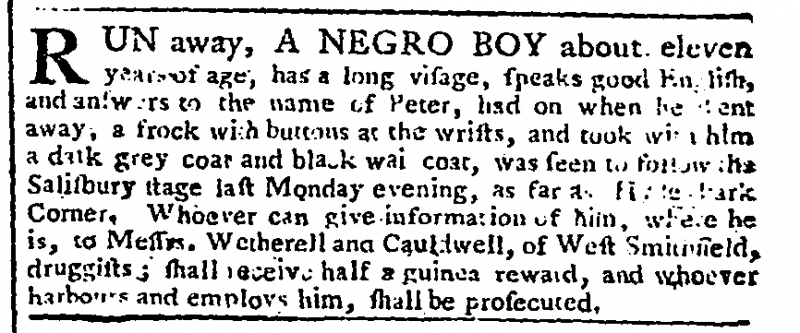
Gazetteer and New Daily Advertiser, 6 May 1768 (England)
RUN away, A NEGRO BOY about eleven years of age, has a long visage, speaks good English, and answers to the name of Peter, had on when he went away, a frock with buttons at the wrists, and took with him a dark grey coat and black waistcoat, was seen to follow the Salisbury stage last Monday evening, as far as [Hyde] Park Corner. Whoever can give information of him, where he is, to Messrs. Wetherell and Cauldwell, of West Smithfield, druggists; shall receive half a guinea reward, and whoever harbours and employs him, shall be prosecuted.